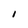
Character: I